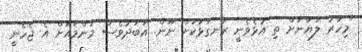
"މިހާރު ލަޔާނަށް ތި އުޅެވެނީ ރަނގަޅަކަށް ނޫން. އަބަދުވެސް މަންމައަށް އެ ޖެހެނީ